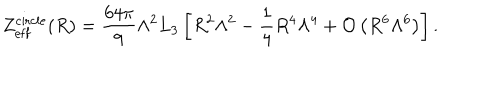
Z _ { \mathrm { e f f } } ^ { \mathrm { c i r c l e } } ( R ) = \frac { 6 4 \pi } { 9 } \Lambda ^ { 2 } L _ { 3 } \left[ R ^ { 2 } \Lambda ^ { 2 } - \frac { 1 } { 4 } R ^ { 4 } \Lambda ^ { 4 } + { \cal O } \left( R ^ { 6 } \Lambda ^ { 6 } \right) \right] .